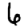
Digit: 6